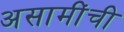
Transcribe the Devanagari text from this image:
असामींची